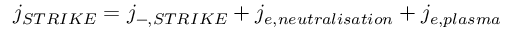
j _ { S T R I K E } = j _ { - , S T R I K E } + j _ { e , n e u t r a l i s a t i o n } + j _ { e , p l a s m a }